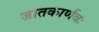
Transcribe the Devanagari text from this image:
जातकार्णवः